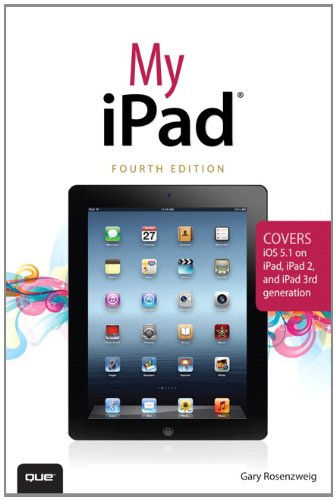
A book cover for My iPad (covers iOS 5.1 on iPad, iPad 2, and iPad 3rd gen) (4th Edition); Gary Rosenzweig; Computers & Technology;